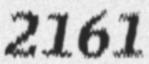
2161